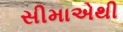
સીમાએથી